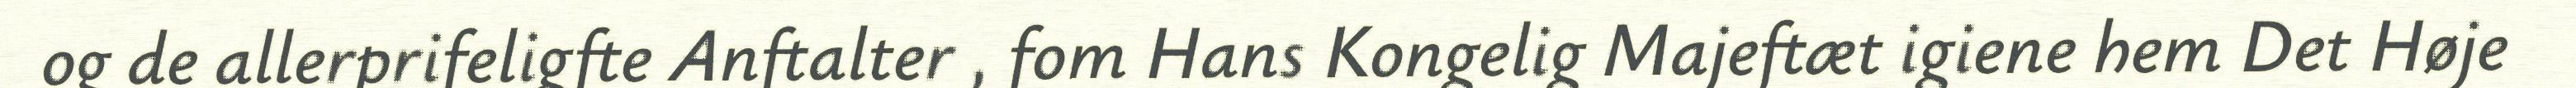
og de allerprifeligfte Anftalter , fom Hans Kongelig Majeftæt igiene hem Det Høje